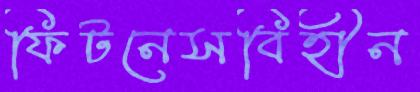
ফিটনেসবিহীন